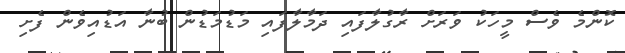
ކޮންމެ ވެސް މީހަކު ވަރަށް ރާގުލާފައި ދަމާލާފައި މަޑުމަޑުން ބުނާ އަޑުއިވެން ފެށި